Scientific memoirs by medical officers of the Army of India - Part II,
Year: 1886
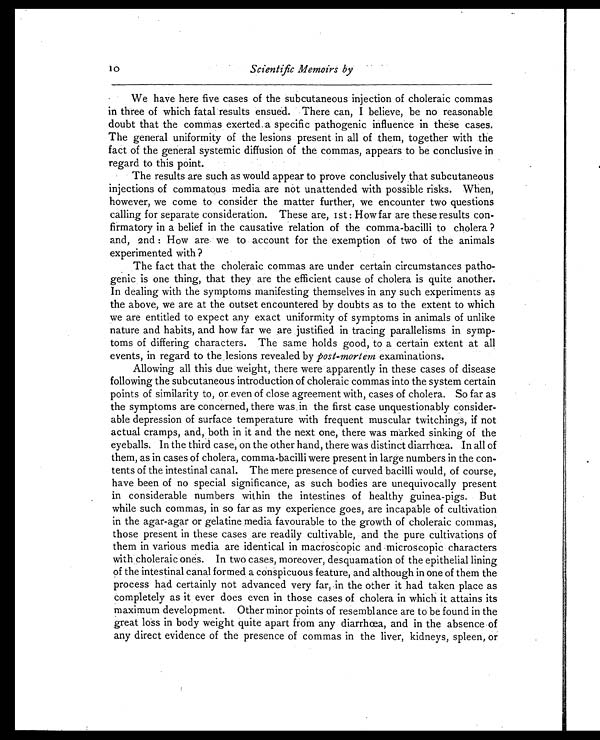
10
Scientific Memoirs by
We have here five cases of the subcutaneous injection of choleraic commas
in three of which fatal results ensued. There can, I believe, be no reasonable
doubt that the commas exerted. a specific pathogenic influence in these cases.
The general uniformity of the lesions present in all of them, together with the
fact of the general systemic diffusion of the commas, appears to be conclusive in
regard to this point.
The results are such as would appear to prove conclusively that subcutaneous
injections of commatous media are not unattended with possible risks. When,
however, we come to consider the matter further, we encounter two questions
calling for separate consideration. These are, 1st : How far are these results con-
firmatory in a belief in the causative relation of the comma-bacilli to cholera ?
and, 2nd : How are we to account for the exemption of two of the animals
experimented with ?
The fact that the choleraic commas are under certain circumstances patho-
genic is one thing, that they are the efficient cause of cholera is quite another.
In dealing with the symptoms manifesting themselves in any such experiments as
the above, we are at the outset encountered by doubts as to the extent to which
we are entitled to expect any exact uniformity of symptoms in animals of unlike
nature and habits, and how far we are justified in tracing parallelisms in symp-
toms of differing characters. The same holds good, to a certain extent at all
events, in regard to the lesions revealed by post-mortem examinations.
Allowing all this due weight, there were apparently in these cases of disease
following the subcutaneous introduction of choleraic commas into the system certain
points of similarity to, or even of close agreement with, cases of cholera. So far as
the symptoms are concerned, there was in the first case unquestionably consider-
able depression of surface temperature with frequent muscular twitchings, if not
actual cramps, and, both in it and the next one, there was marked sinking of the
eyeballs. In the third case, on the other hand, there was distinct diarrhœa. In all of
them, as in cases of cholera, comma-bacilli were present in large numbers in the con-
tents of the intestinal canal. The mere presence of curved bacilli would, of course,
have been of no special significance, as such bodies are unequivocally present
in considerable numbers within the intestines of healthy guinea-pigs. But
while such commas, in so far as my experience goes, are incapable of cultivation
in the agar-agar or gelatine media favourable to the growth of choleraic commas,
those present in these cases are readily cultivable, and the pure cultivations of
them in various media are identical in macroscopic and microscopic characters
with choleraic ones. In two cases, moreover, desquamation of the epithelial lining
of the intestinal canal formed a conspicuous feature, and although in one of them the
process had certainly not advanced very far, in the other it had taken place as
completely as it ever does even in those cases of cholera in which it attains its
maximum development. Other minor points of resemblance are to be found in the
great loss in body weight quite apart from any diarrhœa, and in the absence of
any direct evidence of the presence of commas in the liver, kidneys, spleen, or